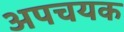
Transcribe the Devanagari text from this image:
अपचयक